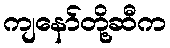
ကျနော်တို့ဆီက